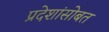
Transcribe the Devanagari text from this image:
प्रदेशांसोबत